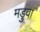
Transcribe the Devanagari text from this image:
मडुवा